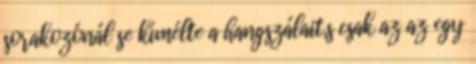
sorakozónál se kímélte a hangszálait,s csak az az egy